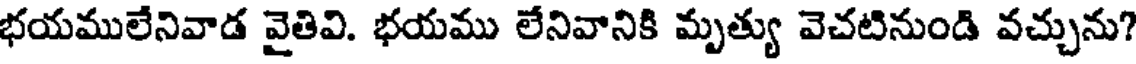
భయములేనివాడ వైతివి. భయము లేనివానికి మృత్యు వెచటినుండి వచ్చును?